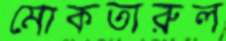
মোকতারুল